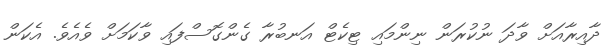
ދާއިރާއަށް ވާދަ ނުކުރަން ނިންމައި ޓިކެޓް އަނބުރާ ގެންގޮސްފައި ވާކަމަށް ވެއެވެ. އެކަން